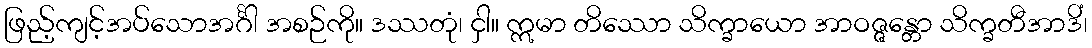
ဖြည့်ကျင့်အပ်သောအင်္ဂါ အစဉ်ကို။ ဒဿတုံ၊ ငှါ။ ဣမာ တိဿော သိက္ခာယော အာဝဇ္ဇန္တော သိက္ခတီအာဒိံ၊